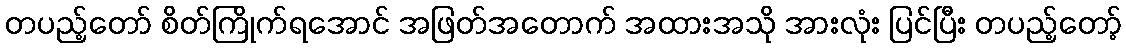
တပည့်တော် စိတ်ကြိုက်ရအောင် အဖြတ်အတောက် အထားအသို အားလုံး ပြင်ပြီး တပည့်တော့်